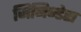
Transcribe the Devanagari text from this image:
जिनिन्डेरा